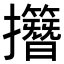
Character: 𢹽